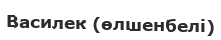
Василек (өлшенбелі)